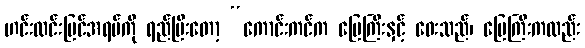
ဟင်းလင်းပြင်အရပ်ကို ရည်ပြီးတော့ “ကောင်းကင်က မြေကြီးနှင့် ဝေးသည်၊ မြေကြီးကလည်း